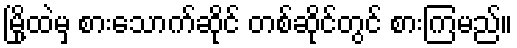
မြို့ထဲမှ စားသောက်ဆိုင် တစ်ဆိုင်တွင် စားကြမည်။